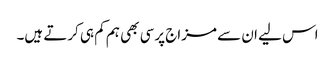
اس لیے ان سے مزاج پرسی بھی ہم کم ہی کرتے ہیں۔